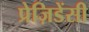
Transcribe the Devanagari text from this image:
प्रेज़िडेंसी